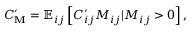
C _ { \mathbf { M } } ^ { \prime } = \mathbb { E } _ { i j } \left[ C _ { i j } ^ { \prime } M _ { i j } \vert M _ { i j } > 0 \right] ,